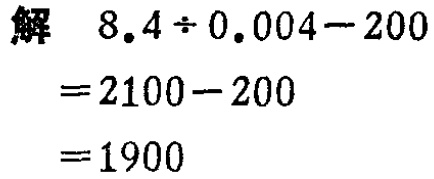
解

\[

\begin{align*}

&8.4\div0.004 - 200\\

=&2100 - 200\\

=&1900

\end{align*}

\]